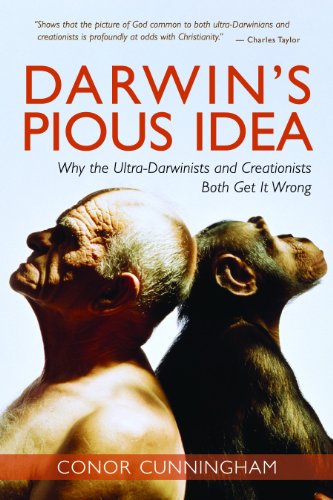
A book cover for Darwin's Pious Idea: Why the Ultra-Darwinists and Creationists Both Get It Wrong; Conor Cunningham; Christian Books & Bibles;